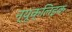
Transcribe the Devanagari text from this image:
न्यूक्लिइक